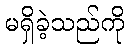
မရှိခဲ့သည်ကို